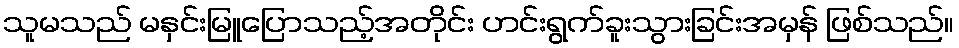
သူမသည် မနှင်းမြူပြောသည့်အတိုင်း ဟင်းရွက်ခူးသွားခြင်းအမှန် ဖြစ်သည်။